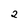
Character: 2